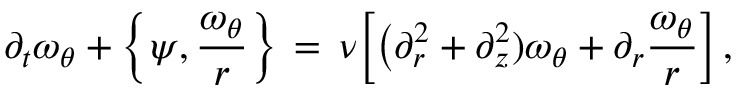
\partial _ { t } \omega _ { \theta } + \Bigl \{ \psi , \frac { \omega _ { \theta } } { r } \Bigr \} \, = \, \nu \Bigl [ \bigl ( \partial _ { r } ^ { 2 } + \partial _ { z } ^ { 2 } ) \omega _ { \theta } + \partial _ { r } \frac { \omega _ { \theta } } { r } \Bigr ] \, ,